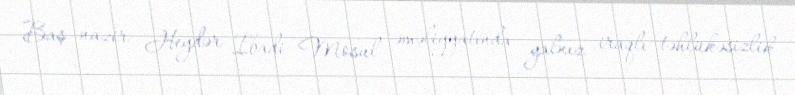
Baş nazir Heydər İbadi Mosul əməliyyatında yalnız iraqlı təhlükəsizlik